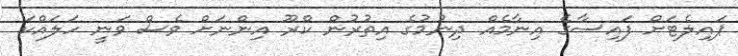
ޕައިލެޓަށް ފައިސާގެ އިނާމެއް ދިނުމުގެ އިތުރުން ކްރޫ އިންނަށް ވެސް ވަނީ ހަލައްކަ